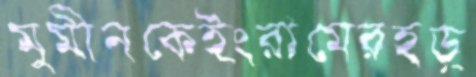
মুমীনকেইংরামেরহড়্